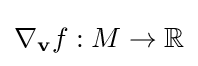
\nabla _{\mathbf {v} }f:M\to \mathbb {R}